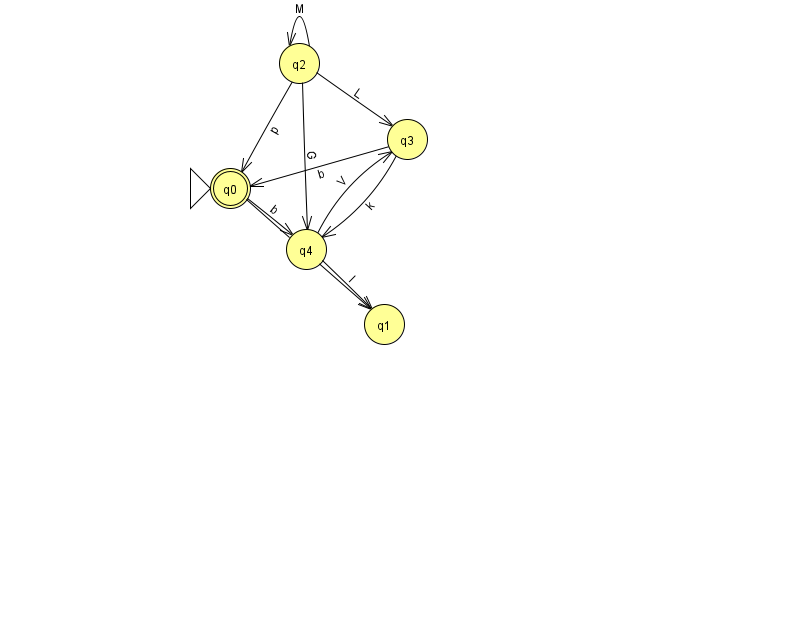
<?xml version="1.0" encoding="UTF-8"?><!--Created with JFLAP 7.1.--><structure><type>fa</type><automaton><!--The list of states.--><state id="0" name="q0"><x>230.0</x><y>175.0</y><initial/><final/></state><state id="1" name="q1"><x>384.0</x><y>311.0</y></state><state id="2" name="q2"><x>299.0</x><y>50.0</y></state><state id="3" name="q3"><x>407.0</x><y>126.0</y></state><state id="4" name="q4"><x>306.0</x><y>236.0</y></state><!--The list of transitions.--><transition><from>2</from><to>0</to><read>p</read></transition><transition><from>2</from><to>3</to><read>L</read></transition><transition><from>4</from><to>3</to><read>V</read></transition><transition><from>4</from><to>1</to><read>l</read></transition><transition><from>0</from><to>1</to><read>L</read></transition><transition><from>3</from><to>4</to><read>k</read></transition><transition><from>0</from><to>4</to><read>b</read></transition><transition><from>2</from><to>2</to><read>M</read></transition><transition><from>2</from><to>4</to><read>G</read></transition><transition><from>3</from><to>0</to><read>b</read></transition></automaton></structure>